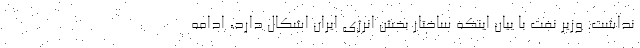
نداشت. وزیر نفت با بیان اینکه ساختار بخش انرژی ایران اشکال دارد، ادامه